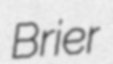
Brier